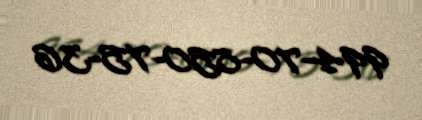
994-70-850-75-36